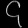
Digit: ၄